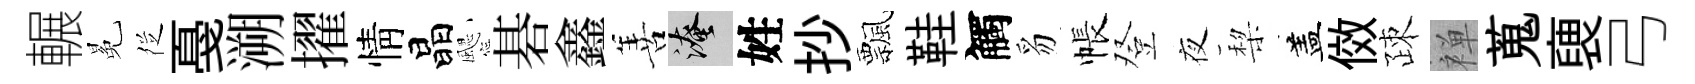
輾冕徔戞溯擢情晶颸碁鑫善淹姓抄飄鞋觸豸帳登夜棃盖傚疎禅蒐褏弓